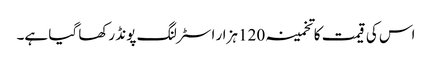
اس کی قیمت کا تخمینہ 120 ہزار اسٹرلنگ پونڈ رکھا گیا ہے۔